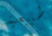
طبيعية